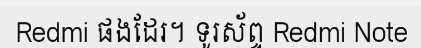
Redmi ផងដែរ។ ទូរស័ព្ទ Redmi Note